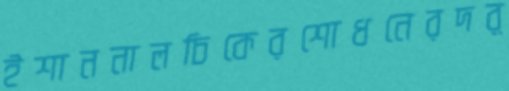
ইশাননালচিকেরশোধনেরদর্